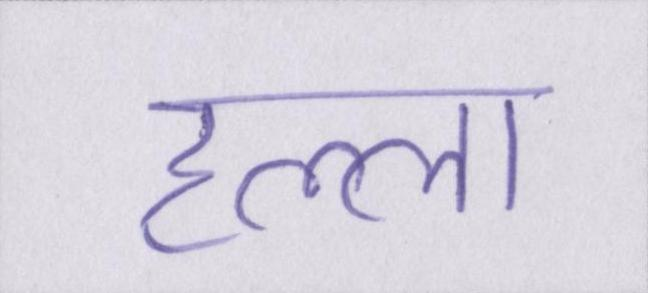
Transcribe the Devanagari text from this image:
हल्ला